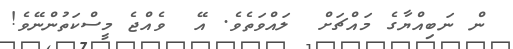
ން ނަބިއްޔާގެ މައްޗަށް  ލައްވަތެވެ. އޭ  ވެއްޖެ މީސްކަތުންނޭވެ!